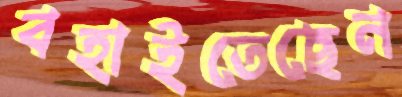
বহাইতেছেন